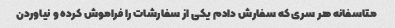
متاسفانه هر سری که سفارش دادم یکی از سفارشات را فراموش کرده و نیاوردن